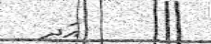
އަދި